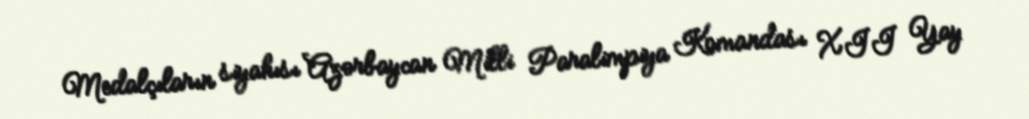
Medalçıların siyahısı Azərbaycan Milli Paralimpiya Komandası XII Yay